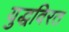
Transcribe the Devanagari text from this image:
युद्धविरत